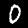
Label: 0